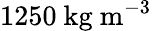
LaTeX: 1250~\textrm{kg}~\textrm{m}^{-3}